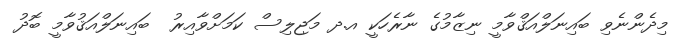
މިދެންނެވި ބައިނަލްއަޤްވާމީ ނިޒާމުގެ ނާރެހަކީ އ.ދ މަޖިލިސް ކަމަށްވާއިރު  ބައިނަލްއަޤުވާމީ ބޮދު